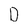
Character: D